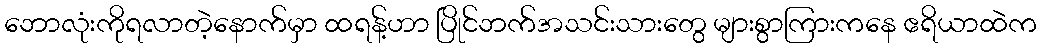
ဘောလုံးကိုရလာတဲ့နောက်မှာ ထရန့်ဟာ ပြိုင်ဘက်အသင်းသားတွေ များစွာကြားကနေ ဧရိယာထဲက